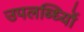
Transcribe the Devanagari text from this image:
उपलब्ध्यिों